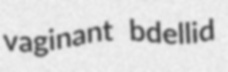
vaginant bdellid